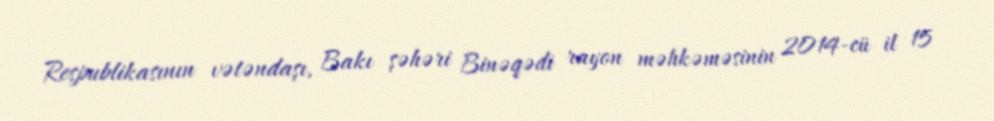
Respublikasının vətəndaşı, Bakı şəhəri Binəqədi rayon məhkəməsinin 2014-cü il 15